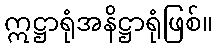
ဣဋ္ဌာရုံအနိဋ္ဌာရုံဖြစ်။